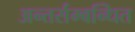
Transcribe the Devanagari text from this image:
अन्तर्सम्बन्धित